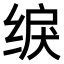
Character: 𫄫